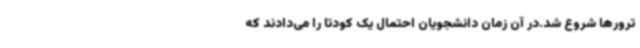
ترورها شروع شد.در آن زمان دانشجویان احتمال یک کودتا را می‌دادند که